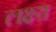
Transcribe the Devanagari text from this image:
लक्ष्य़